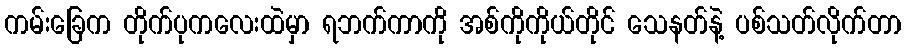
ကမ်းခြေက တိုက်ပုကလေးထဲမှာ ရဘက်ကာကို အစ်ကိုကိုယ်တိုင် သေနတ်နဲ့ ပစ်သတ်လိုက်တာ